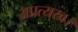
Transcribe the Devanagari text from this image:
अप्रत्यख।